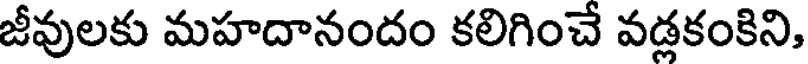
జీవులకు మహదానందం కలిగించే వడ్లకంకిని,